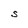
Character: S